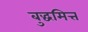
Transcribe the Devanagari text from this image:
बुद्धमित्त